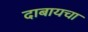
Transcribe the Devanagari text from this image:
दाबायचा